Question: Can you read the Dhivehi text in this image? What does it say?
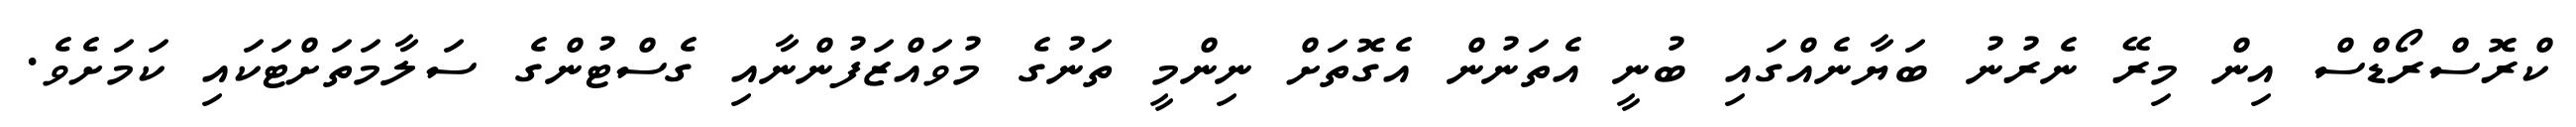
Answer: ކްރޮސްރޯޑްސް އިން މިރޭ ނެރުނު ބަޔާނެއްގައި ބުނީ އެތަނުން އެގޮތަށް ނިންމީ ތަނުގެ މުވައްޒަފުންނާއި ގެސްޓުންގެ ސަލާމަތަށްޓަކައި ކަމަށެވެ.